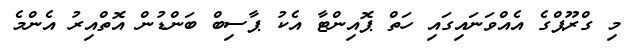
މި ގްރޫޕްގެ އެއްވަނައިގައި ހަތް ޕޮއިންޓާ އެކު ޕާސިބް ބަންޑުން އޮތްއިރު އެންމެ